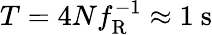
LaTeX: T=4Nf_{\mathrm{R}}^{-1}\approx 1~\mathrm{s}